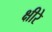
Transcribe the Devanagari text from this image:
क्षीरे